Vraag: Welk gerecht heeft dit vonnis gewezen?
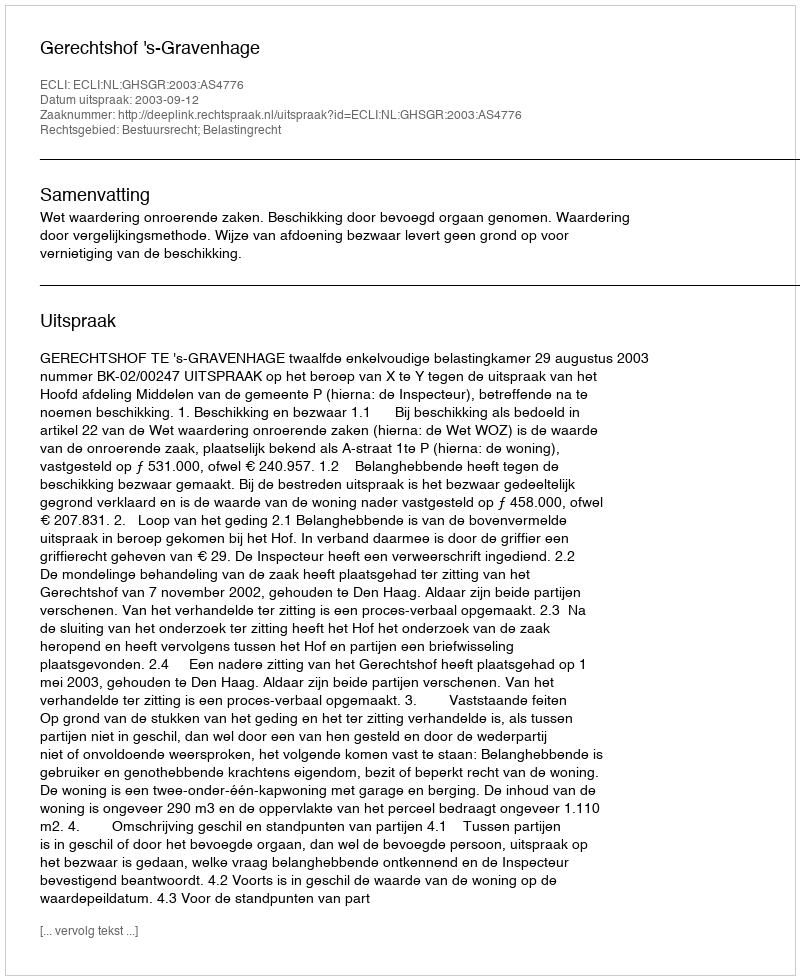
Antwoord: Gerechtshof 's-Gravenhage